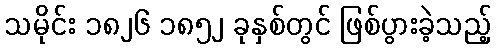
သမိုင်း ၁၈၂၆ ၁၈၅၂ ခုနှစ်တွင် ဖြစ်ပွားခဲ့သည့်